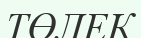
ТӨЛЕК